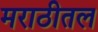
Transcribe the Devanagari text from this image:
मराठीतल